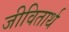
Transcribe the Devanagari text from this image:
जीवितार्थ